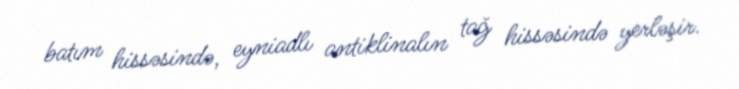
batım hissəsində, eyniadlı antiklinalın tağ hissəsində yerləşir.